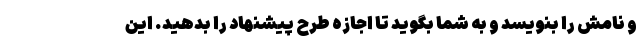
و نامش را بنویسد و به شما بگوید تا اجازه طرح پیشنهاد را بدهید. این